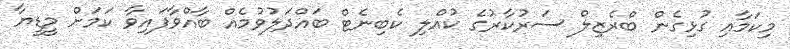
މިކަމާއި ގުޅިގެން ބްރެޒިލް ސަރުކާރުގެ ކުއްލި ކެބިނެޓް ބައްދަލުވުމެއް ބާއްވާފައިވާ ކަމަށް މީޑީޔާ